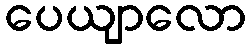
ပေယျာလော